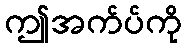
ဤအက်ပ်ကို